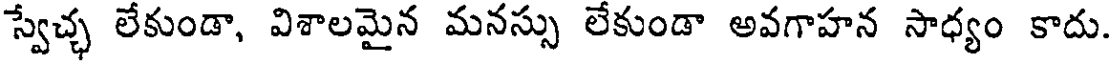
స్వేచ్చ లేకుండా, విశాలమైన మనస్సు లేకుండా అవగాహన సాధ్యం కాదు.